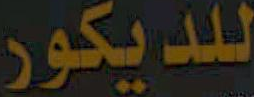
للديكور